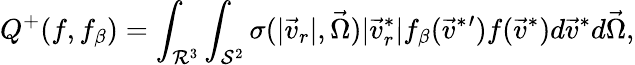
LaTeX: Q^{+}(f,f_{\beta})=\int_{\mathcal{R}^{3}}\int_{\mathcal{S}^{2}}\sigma(|\vec{v}_{r}|,\vec{\Omega})|\vec{v}_{r}^{*}|f_{\beta}(\vec{v}^{*}{}^{\prime})f(\vec{v}^{*})d\vec{v}^{*}d\vec{\Omega},